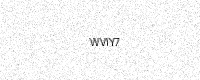
Text: WVIY7